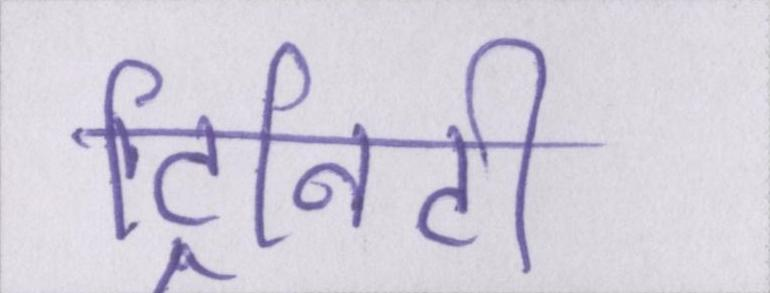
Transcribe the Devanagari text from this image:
ट्रिनिटी